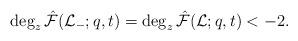
LaTeX: \begin{align*}\deg_{z}\hat{\mathcal{F}}(\mathcal{L}_-;q,t)=\deg_z\hat{\mathcal{F}}(\mathcal{L};q,t)<-2.\end{align*}